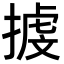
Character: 㨜